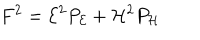
LaTeX: F ^ { 2 } = { \cal E } ^ { 2 } P _ { \cal E } + { \cal H } ^ { 2 } P _ { \cal H }